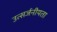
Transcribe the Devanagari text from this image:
उत्सर्जनीयता